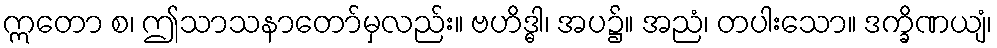
ဣတော စ၊ ဤသာသနာတော်မှလည်း။ ဗဟိဒ္ဓါ၊ အပ၌။ အညံ၊ တပါးသော။ ဒက္ခိဏယျံ၊